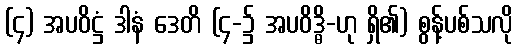
(၄) အပဝိဋ္ဌံ ဒါနံ ဒေတိ (၄-၌ အပဝိဒ္ဓိ-ဟု ရှိ၏) စွန့်ပစ်သလို